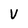
Character: V